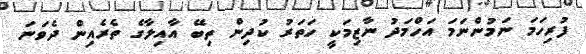
ފުރިހަަމަ ނަމުންނަމަ އަހްމަދު ނާޒިމަކީ ހަތަރު ކުދިން ތިބޭ އާއިލާގެ ތެރެއިން ދެވަނަ